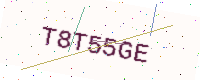
Text: T8T55GE